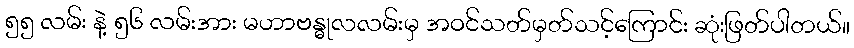
၅၅ လမ်း နဲ့ ၅၆ လမ်းအား မဟာဗန္ဓုလလမ်းမှ အဝင်သတ်မှတ်သင့်ကြောင်း ဆုံးဖြတ်ပါတယ်။